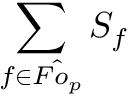
\sum _ { f \in \hat { F o _ { p } } } S _ { f }